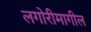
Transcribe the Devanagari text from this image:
लगोरीमागील